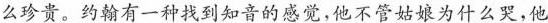
么珍贵。约翰有一种找到知音的感觉，他不管姑娘为什么哭，他